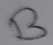
Text: B